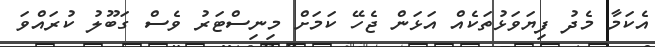
އެކަމާ މެދު ފިޔަވަޅުތަކެއް އަޅަން ޖެހޭ ކަމަށް މިނިސްޓަރު ވެސް ގަބޫލު ކުރައްވަ